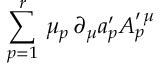
\sum _ { p = 1 } ^ { r } \, \mu _ { p } \, \partial _ { \mu } a _ { p } ^ { \prime } A _ { p } ^ { \prime \, \mu }